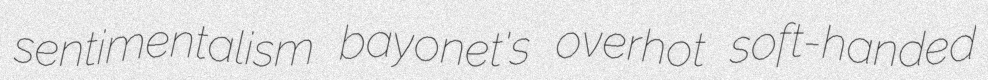
sentimentalism bayonet's overhot soft-handed